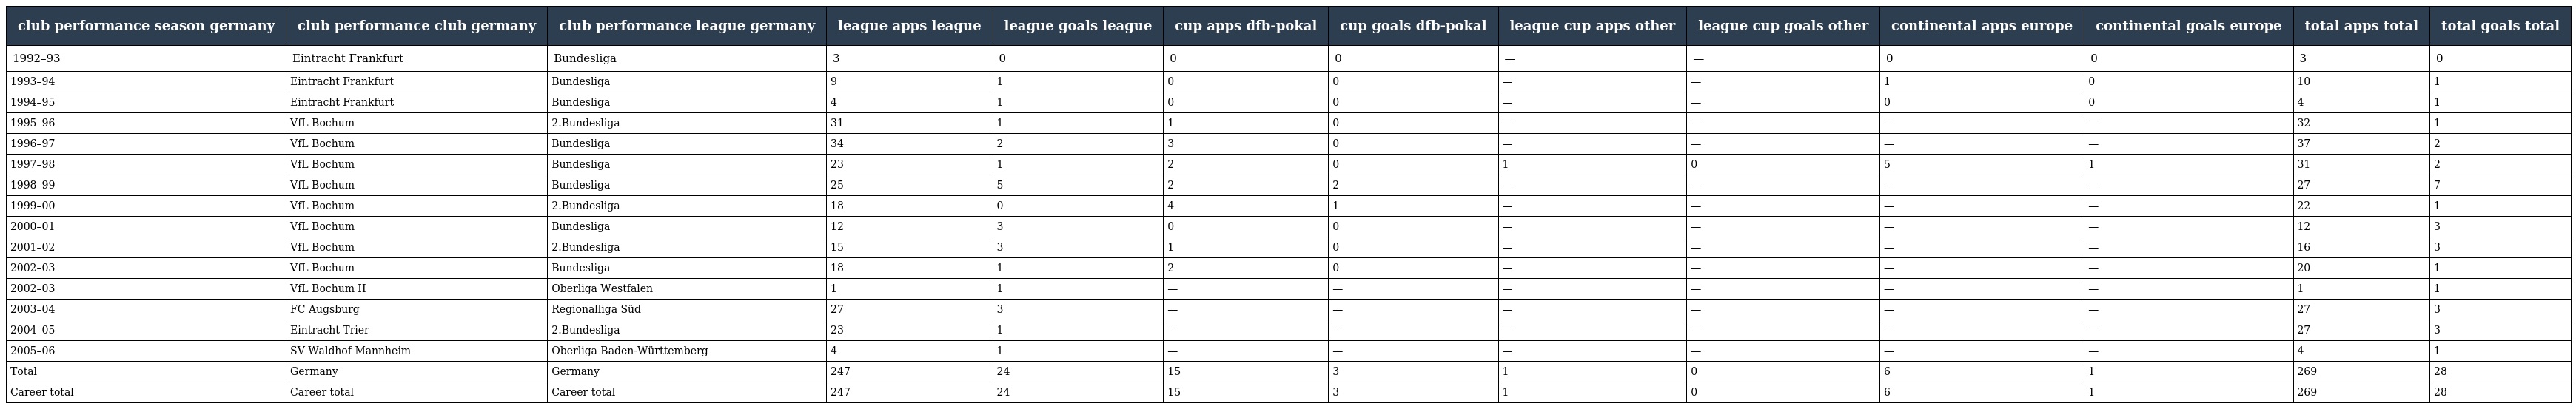
| club performance season germany | club performance club germany | club performance league germany | league apps league | league goals league | cup apps dfb-pokal | cup goals dfb-pokal | league cup apps other | league cup goals other | continental apps europe | continental goals europe | total apps total | total goals total |
 | --- | --- | --- | --- | --- | --- | --- | --- | --- | --- | --- | --- | --- |
 | 1992–93 | Eintracht Frankfurt | Bundesliga | 3 | 0 | 0 | 0 | — | — | 0 | 0 | 3 | 0 |
 | 1993–94 | Eintracht Frankfurt | Bundesliga | 9 | 1 | 0 | 0 | — | — | 1 | 0 | 10 | 1 |
 | 1994–95 | Eintracht Frankfurt | Bundesliga | 4 | 1 | 0 | 0 | — | — | 0 | 0 | 4 | 1 |
 | 1995–96 | VfL Bochum | 2.Bundesliga | 31 | 1 | 1 | 0 | — | — | — | — | 32 | 1 |
 | 1996–97 | VfL Bochum | Bundesliga | 34 | 2 | 3 | 0 | — | — | — | — | 37 | 2 |
 | 1997–98 | VfL Bochum | Bundesliga | 23 | 1 | 2 | 0 | 1 | 0 | 5 | 1 | 31 | 2 |
 | 1998–99 | VfL Bochum | Bundesliga | 25 | 5 | 2 | 2 | — | — | — | — | 27 | 7 |
 | 1999–00 | VfL Bochum | 2.Bundesliga | 18 | 0 | 4 | 1 | — | — | — | — | 22 | 1 |
 | 2000–01 | VfL Bochum | Bundesliga | 12 | 3 | 0 | 0 | — | — | — | — | 12 | 3 |
 | 2001–02 | VfL Bochum | 2.Bundesliga | 15 | 3 | 1 | 0 | — | — | — | — | 16 | 3 |
 | 2002–03 | VfL Bochum | Bundesliga | 18 | 1 | 2 | 0 | — | — | — | — | 20 | 1 |
 | 2002–03 | VfL Bochum II | Oberliga Westfalen | 1 | 1 | — | — | — | — | — | — | 1 | 1 |
 | 2003–04 | FC Augsburg | Regionalliga Süd | 27 | 3 | — | — | — | — | — | — | 27 | 3 |
 | 2004–05 | Eintracht Trier | 2.Bundesliga | 23 | 1 | — | — | — | — | — | — | 27 | 3 |
 | 2005–06 | SV Waldhof Mannheim | Oberliga Baden-Württemberg | 4 | 1 | — | — | — | — | — | — | 4 | 1 |
 | Total | Germany | Germany | 247 | 24 | 15 | 3 | 1 | 0 | 6 | 1 | 269 | 28 |
 | Career total | Career total | Career total | 247 | 24 | 15 | 3 | 1 | 0 | 6 | 1 | 269 | 28 |